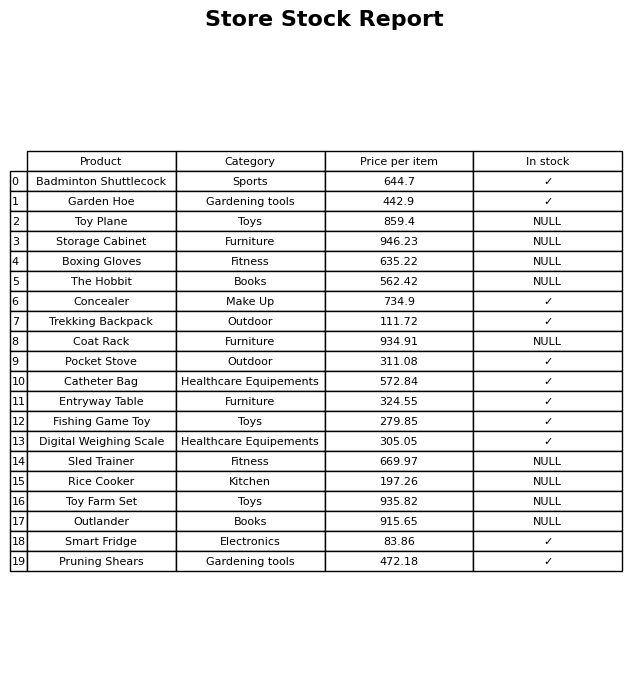
question: What is the price for Fishing Game Toy?
answer: The price of Fishing Game Toy is 279.85.